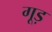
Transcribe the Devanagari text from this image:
गूड़